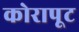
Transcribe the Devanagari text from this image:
कोरापूट